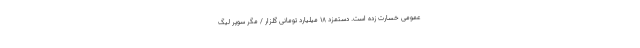
عمومی خسارت زده است. دستمزد 18 میلیارد تومانی گلزار / مگر سوپر لیگ